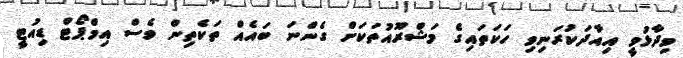
ވިދާޅުވީ އިއާދަކުރަނިވި ހަކަތައިގެ މަޝްރޫއުތަކަށް ގެންނަ ބައެއް ތަކެތިން ވެސް އިމްޕޯޓް ޑިއުޓީ